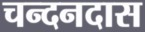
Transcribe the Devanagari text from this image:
चन्दनदास